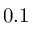
0 . 1